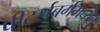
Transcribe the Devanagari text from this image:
पीटर्सबर्गमध्येच